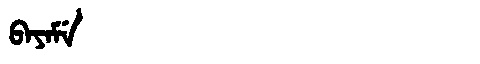
Manchu: ᠪᠠᠶᠠᠮᡝ
Romanization: BAYAME